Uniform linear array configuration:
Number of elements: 32
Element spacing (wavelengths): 1
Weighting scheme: blackman
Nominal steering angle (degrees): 0
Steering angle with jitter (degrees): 1.593
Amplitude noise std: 0.05
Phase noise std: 0.05

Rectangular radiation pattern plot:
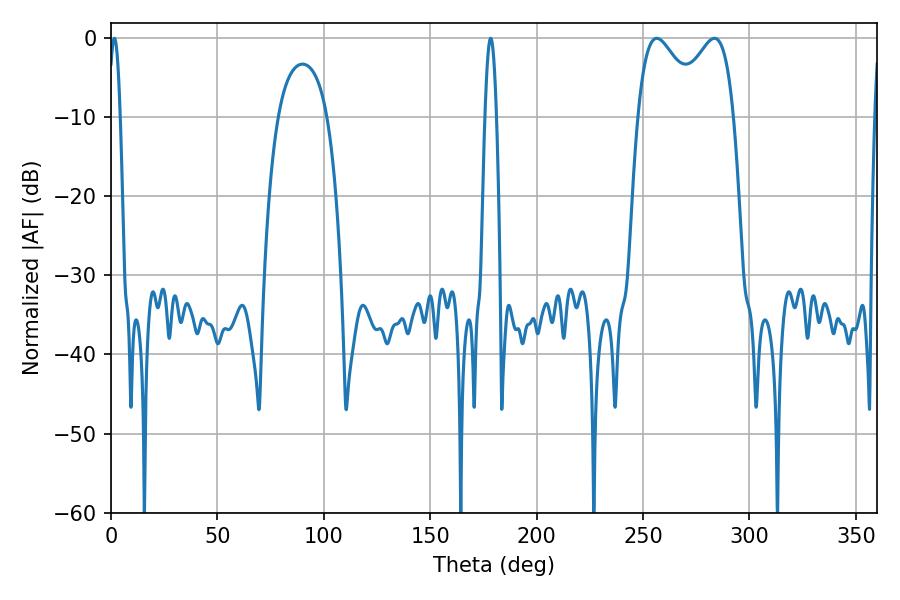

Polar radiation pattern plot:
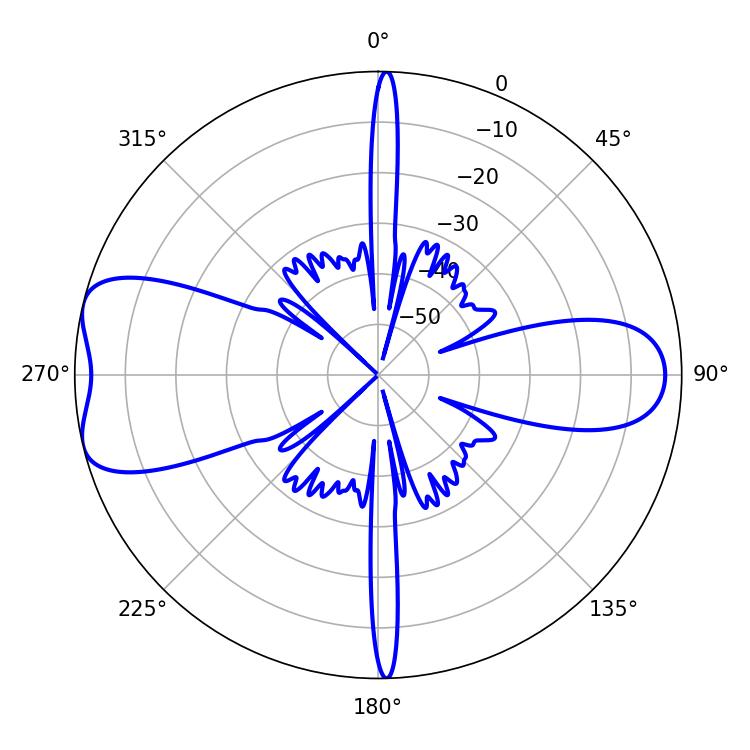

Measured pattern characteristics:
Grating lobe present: TRUE
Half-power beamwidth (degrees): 16.2
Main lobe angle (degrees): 256.5